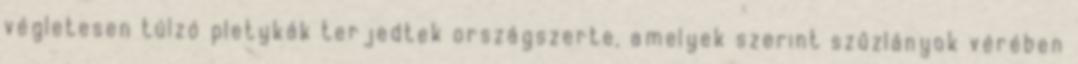
végletesen túlzó pletykák terjedtek országszerte, amelyek szerint szűzlányok vérében